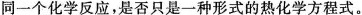
同一个化学反应，是否只是一种形式的热化学方程式。